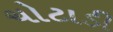
ચોટાડી